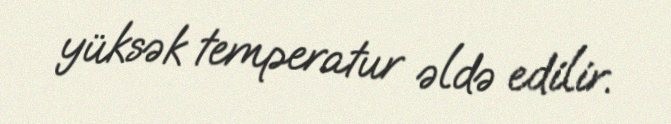
yüksək temperatur əldə edilir.